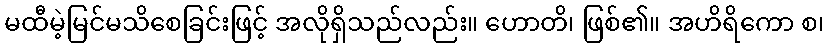
မထီမဲ့မြင်မသိစေခြင်းဖြင့် အလိုရှိသည်လည်း။ ဟောတိ၊ ဖြစ်၏။ အဟိရိကော စ၊